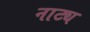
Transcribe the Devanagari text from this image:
नाट्य